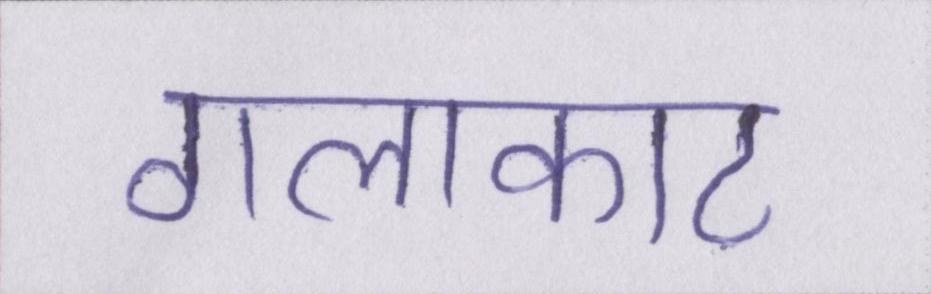
गलाकाट